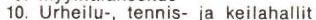
10. Urheilu-, tennis- ja keilahallit